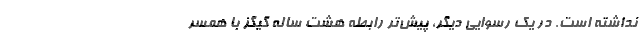
نداشته است. در یک رسوایی دیگر، پیش‌تر رابطه هشت ساله گیگز با همسر